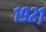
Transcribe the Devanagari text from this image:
१९२१़